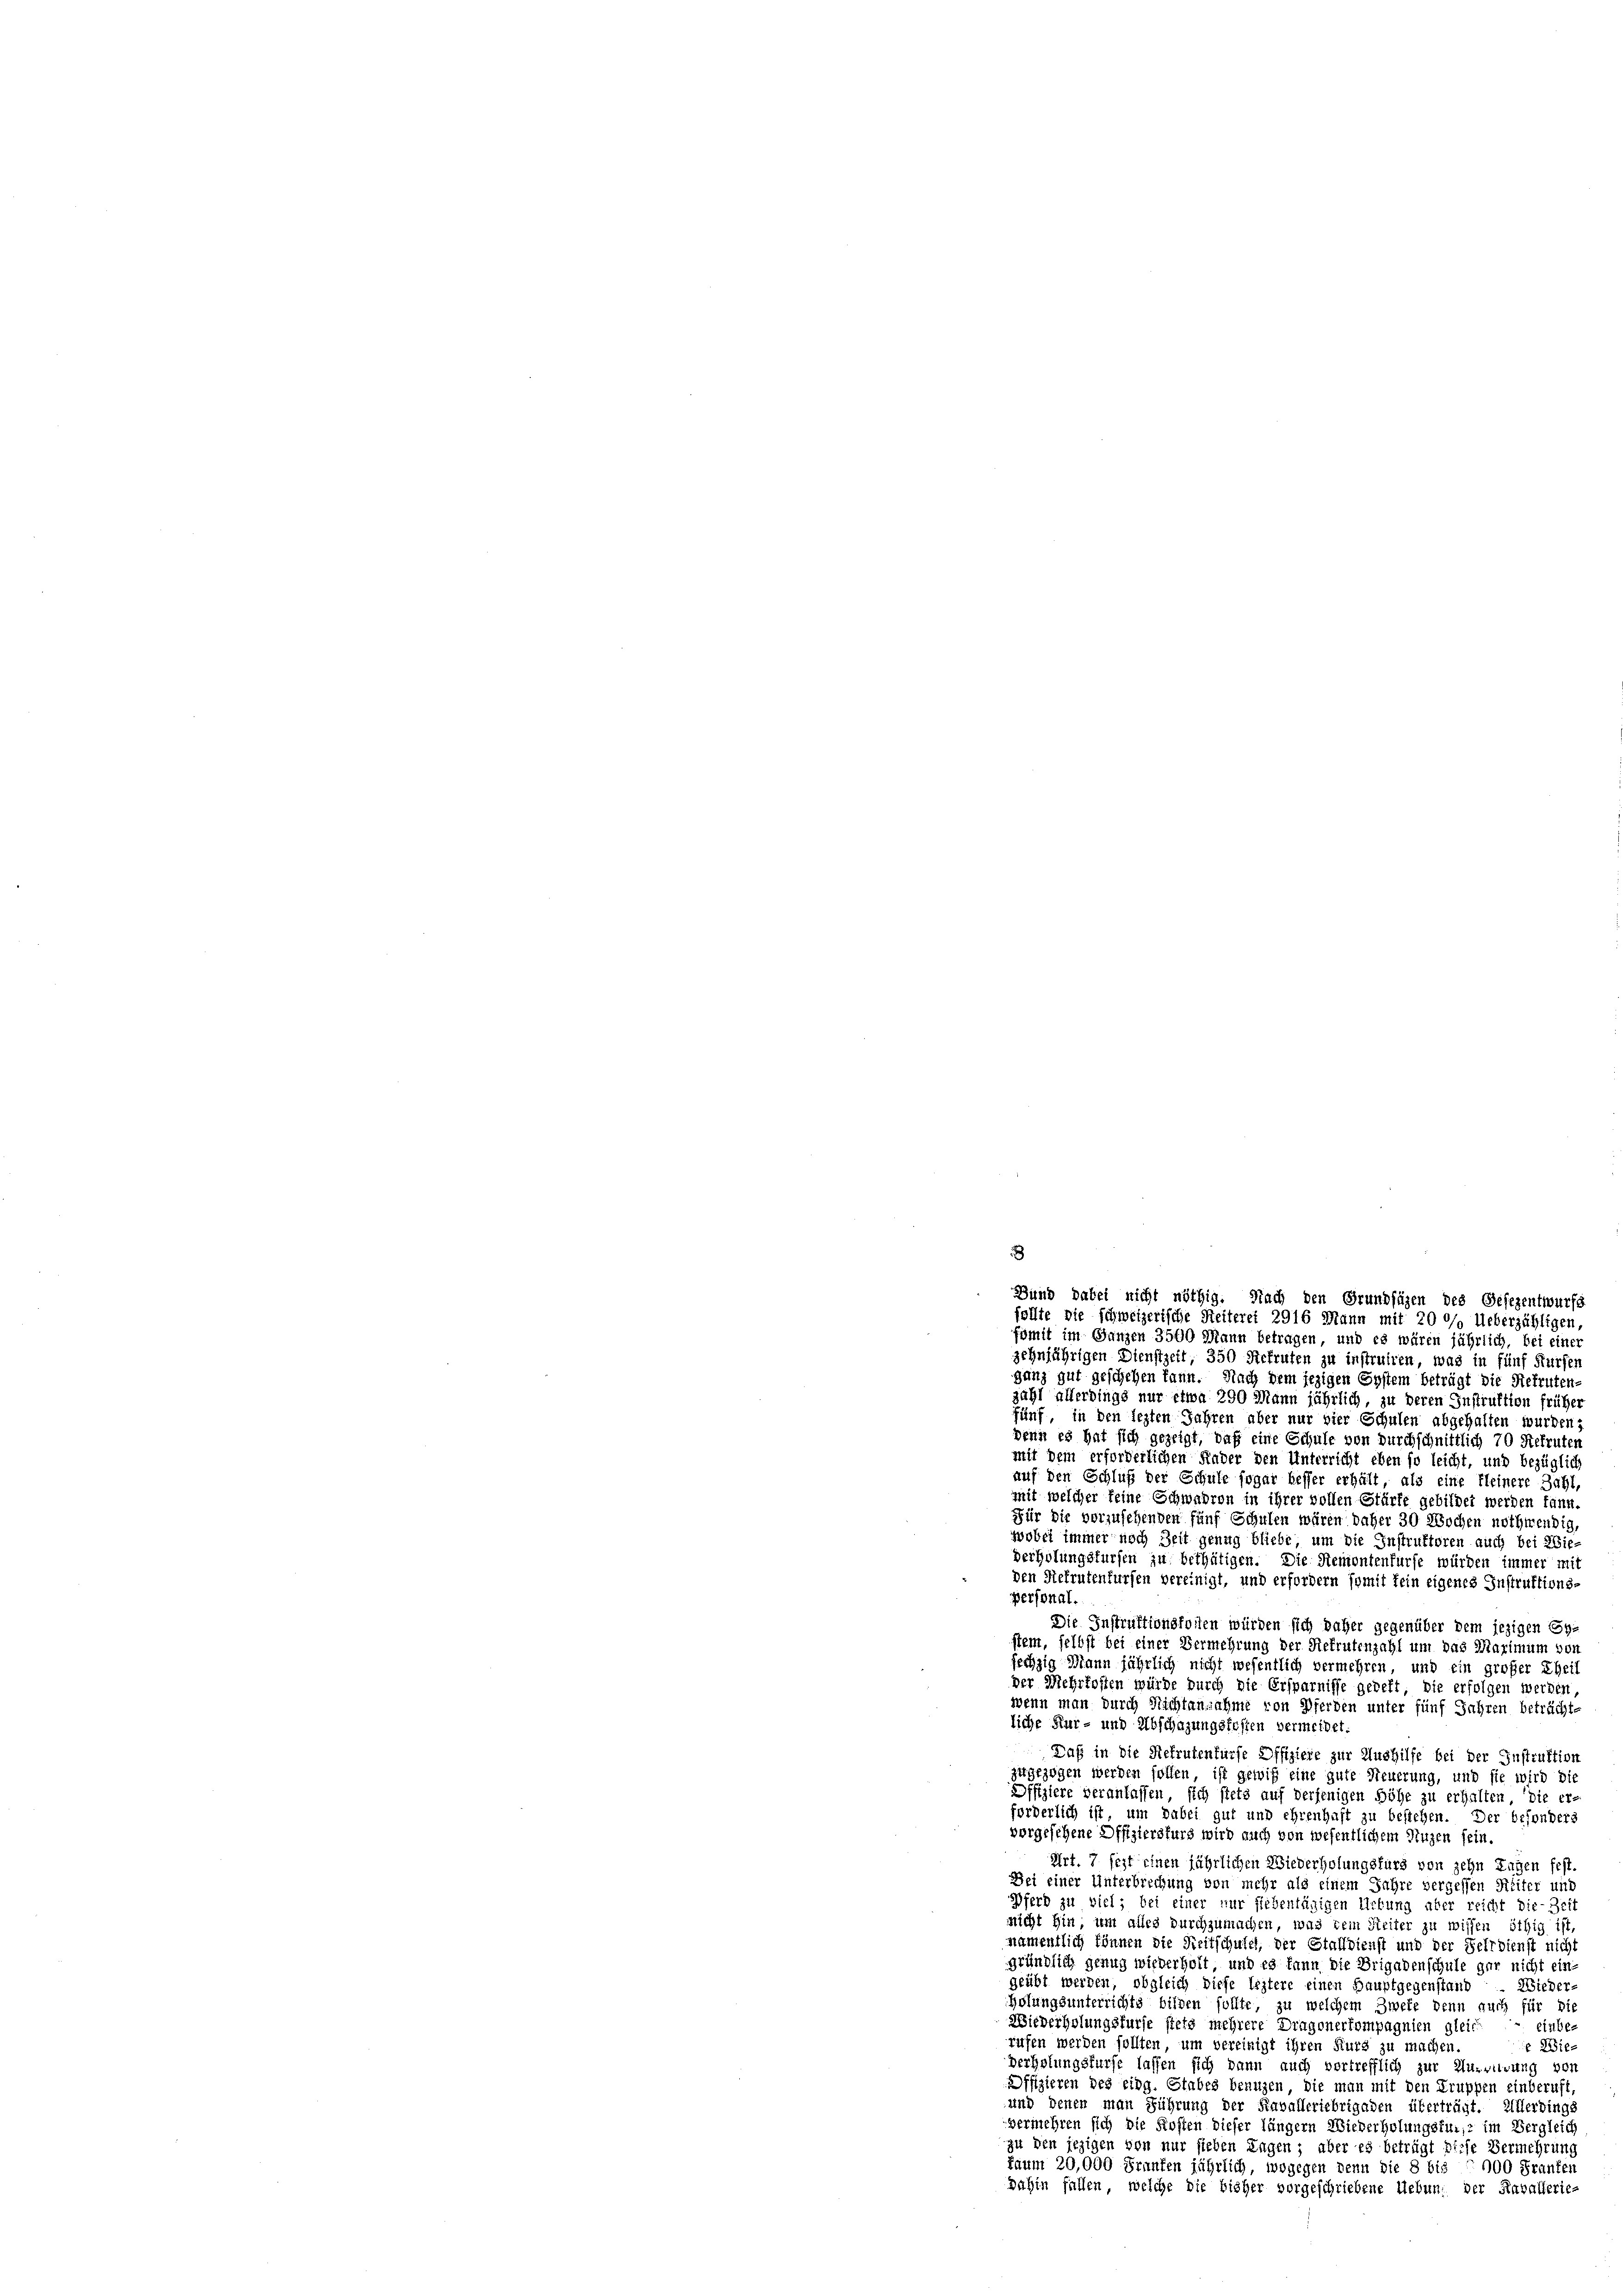
zehnjährigen Dienstzeit, 350 Rekruten zu instruiren, was in fünf Kürfen
ganz gut geschehen kann. Nach dem jezigen System beträgt die Rekruten-
zahl allerdings nur etwa 290 Mann jährlich, zu deren Instruktion früher
fünf, in den legten Jahren aber nur vier Schulen abgehalten wurden,
wenn es hat sich gezeigt, daß eine Schule von durchschnittlich 70 Rekruten
mit dem erforderlichen Kinder den Unterricht eben so leicht, und bezüglich
auf den Schluß der Schule sogar besser erhält, als eine kleinere Zahl,
mit welcher keine Schwadron in ihrer vollen Stärfe gebildet werden kann.
Für die vorzusehenden fünf Schulen wären daher 30 Wochen nothwendig,
wobei immer noch Zeit genug bliebe, um die Instruktoren auch bei Wie-
derholungsfürfen zu bethätigen. Die Remontenfürfe würden immer mit
den Rekrutenfürfen bereinigt, und erfordern somit fein eigenes Instruktions-
personal.
Die Instruktionsfollen würden sich daher gegenüber dem jezigen Eystem, selbst bei einer Vermehrung der Rekrutenzahl um das Marimum von
sechzig Mann jährlich nicht wesentlich vermehren, und ein großer Theil
der Mehrkosten würde durch die Ersparniffe gebeft, die erfolgen werden,
wenn man durch Nichtannahme von Pferden unter fünf Jahren beträchte
liche Kur- und Abschazungskosten vermeidet.
Daß in die Rekrutenfürse Offiziere zur Aushilfe bei der Instruktion
zugezogen werden sollen, ist gewiß eine gute Steuerung, und sie wird die
Offiziere veranlassen, sich stets auf derjenigen Höhe zu erhalten, die er
forderlich ist, um dabei gut und ehrenhaft zu bestehen. Der besonders
vorgesehene Offiziersfürs wird auch von wesentlichem Nuzen sein.
Art. 7 sezt einen jährlichen Wiederholungsfürs von zehn Tagen fest.
Bei einer Unterbrechung von mehr als einem Jahre vergessen Filiter und
Pferd zu viel; bei einer nur siebentägigen Uebung aber reicht die Zeit
nicht hin, um alles durchzumachen, was dem Seiter zu wissen öthig ist,
namentlich können die Reitschufel, der Stallbienst und der Sehrdienst nicht
gründlich genug wiederholt, und es kann die Brigadenschule gar nicht ein
geübt werden, obgleich diese leztere einen Hauptgegenstand. Wieder-
Holungsunterrichts bilden sollte, zu welchem Zweke denn auch für bi
Wiederholungsfürfe stets mehrere Dragonerkompagnien gleich einberufen werden sollten, um vereinigt ihren Kurs zu machen.
 Wiederholungsfürst lassen sich dann auch vertrefflich zur Ausvirung von
Offizieren des eidg. Stabes benuzen, die man mit den Truppen einberuft
und denen man Führung der Kavalleriebrigaden überträgt. Allerdings
vermehren sich die Kosten dieser längern Wiederholungstur, im Vergleich
zu den jezigen von nur sieben Lagen; aber es beträgt diese Vermehrung
Laum 20,000 Franken jährlich, wogegen denn die 8 bis 900 Franken
dahin fallen, welche die bisher vorgeschriebene Uebung der Raballerie-

8

Bund dabei nicht nöthig. Nach den Grundsäzen des Gesezentwurfs
follte die schweizerische Reiterei 2916 Mann mit 20 % Ueberzähligen,
famit im Ganzen 3500 Mann betragen, und es wären jährlich, bei einer